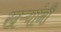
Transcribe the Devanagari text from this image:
खऱ्यांनी